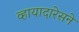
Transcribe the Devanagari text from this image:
व्हायादारेसने